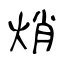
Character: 焇